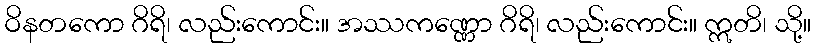
ဝိနတကော ဂိရိ၊ လည်းကောင်း။ အဿကဏ္ဏော ဂိရိ၊ လည်းကောင်း။ ဣတိ၊ သို့။